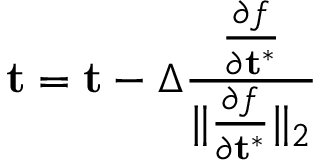
\mathbf { t } = \mathbf { t } - \Delta \frac { \frac { \partial f } { \partial \mathbf { t } ^ { * } } } { \lVert \frac { \partial f } { \partial \mathbf { t } ^ { * } } \rVert _ { 2 } }